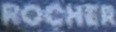
ROCHER